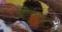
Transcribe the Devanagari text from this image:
अंतरीक्षयान